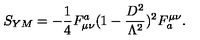
S _ { Y M } = - \frac { 1 } { 4 } F _ { \mu \nu } ^ { a } ( 1 - \frac { D ^ { 2 } } { \Lambda ^ { 2 } } ) ^ { 2 } F _ { a } ^ { \mu \nu } .